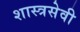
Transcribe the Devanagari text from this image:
शास्त्रसेवी